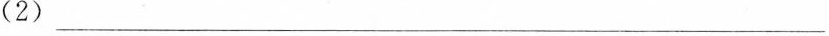
(2)___